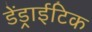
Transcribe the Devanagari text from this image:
डेंड्राईटिक